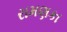
રામણકા